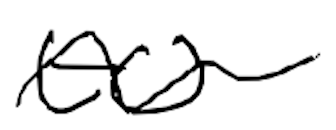
Text: to
Cross-out: wave
Writing tool: digital_black